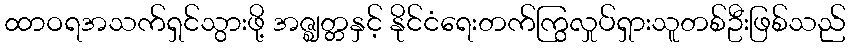
ထာဝရအသက်ရှင်သွားဖို့ အဇ္ဈတ္တနှင့် နိုင်ငံရေးတက်ကြွလှုပ်ရှားသူတစ်ဦးဖြစ်သည်